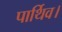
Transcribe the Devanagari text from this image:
पार्थिव।